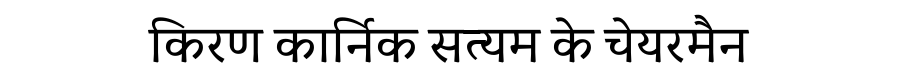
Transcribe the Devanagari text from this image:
किरण कार्निक सत्यम के चेयरमैन